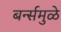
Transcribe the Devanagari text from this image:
बर्न्समुळे